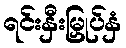
ရင်းနှီးမြှုပ်နှံ